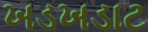
ખડખડાટ